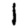
Digit: 1